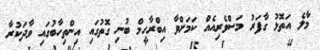
މާލެ އަތޮޅު ގާފަރު މަސްވެރިއެއް ކަމަށްވާ އިބްރާހީމް ބުނި ގޮތުގައި އިންތިހާބުގައި ވާދަކުރާ